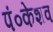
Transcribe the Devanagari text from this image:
पं०केशव